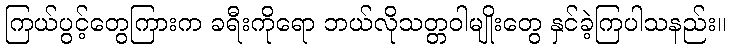
ကြယ်ပွင့်တွေကြားက ခရီးကိုရော ဘယ်လိုသတ္တဝါမျိုးတွေ နှင်ခဲ့ကြပါသနည်း။